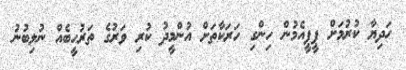
ހަދިޔާ ކުރުމަށް ޕީޕީއެމުން ހިންގި ހަރަކާތަށް އުންމީދު ކުރި ވަރުގެ ތަރުހީބެއް ނުލިބުނު